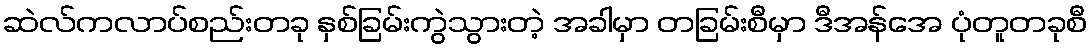
ဆဲလ်ကလာပ်စည်းတခု နှစ်ခြမ်းကွဲသွားတဲ့ အခါမှာ တခြမ်းစီမှာ ဒီအန်အေ ပုံတူတခုစီ